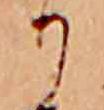
か